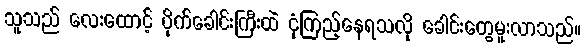
သူသည် လေးထောင့် ပိုက်ခေါင်းကြီးထဲ ငုံကြည့်နေရသလို ခေါင်းတွေမူးလာသည်။